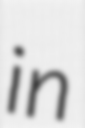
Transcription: in